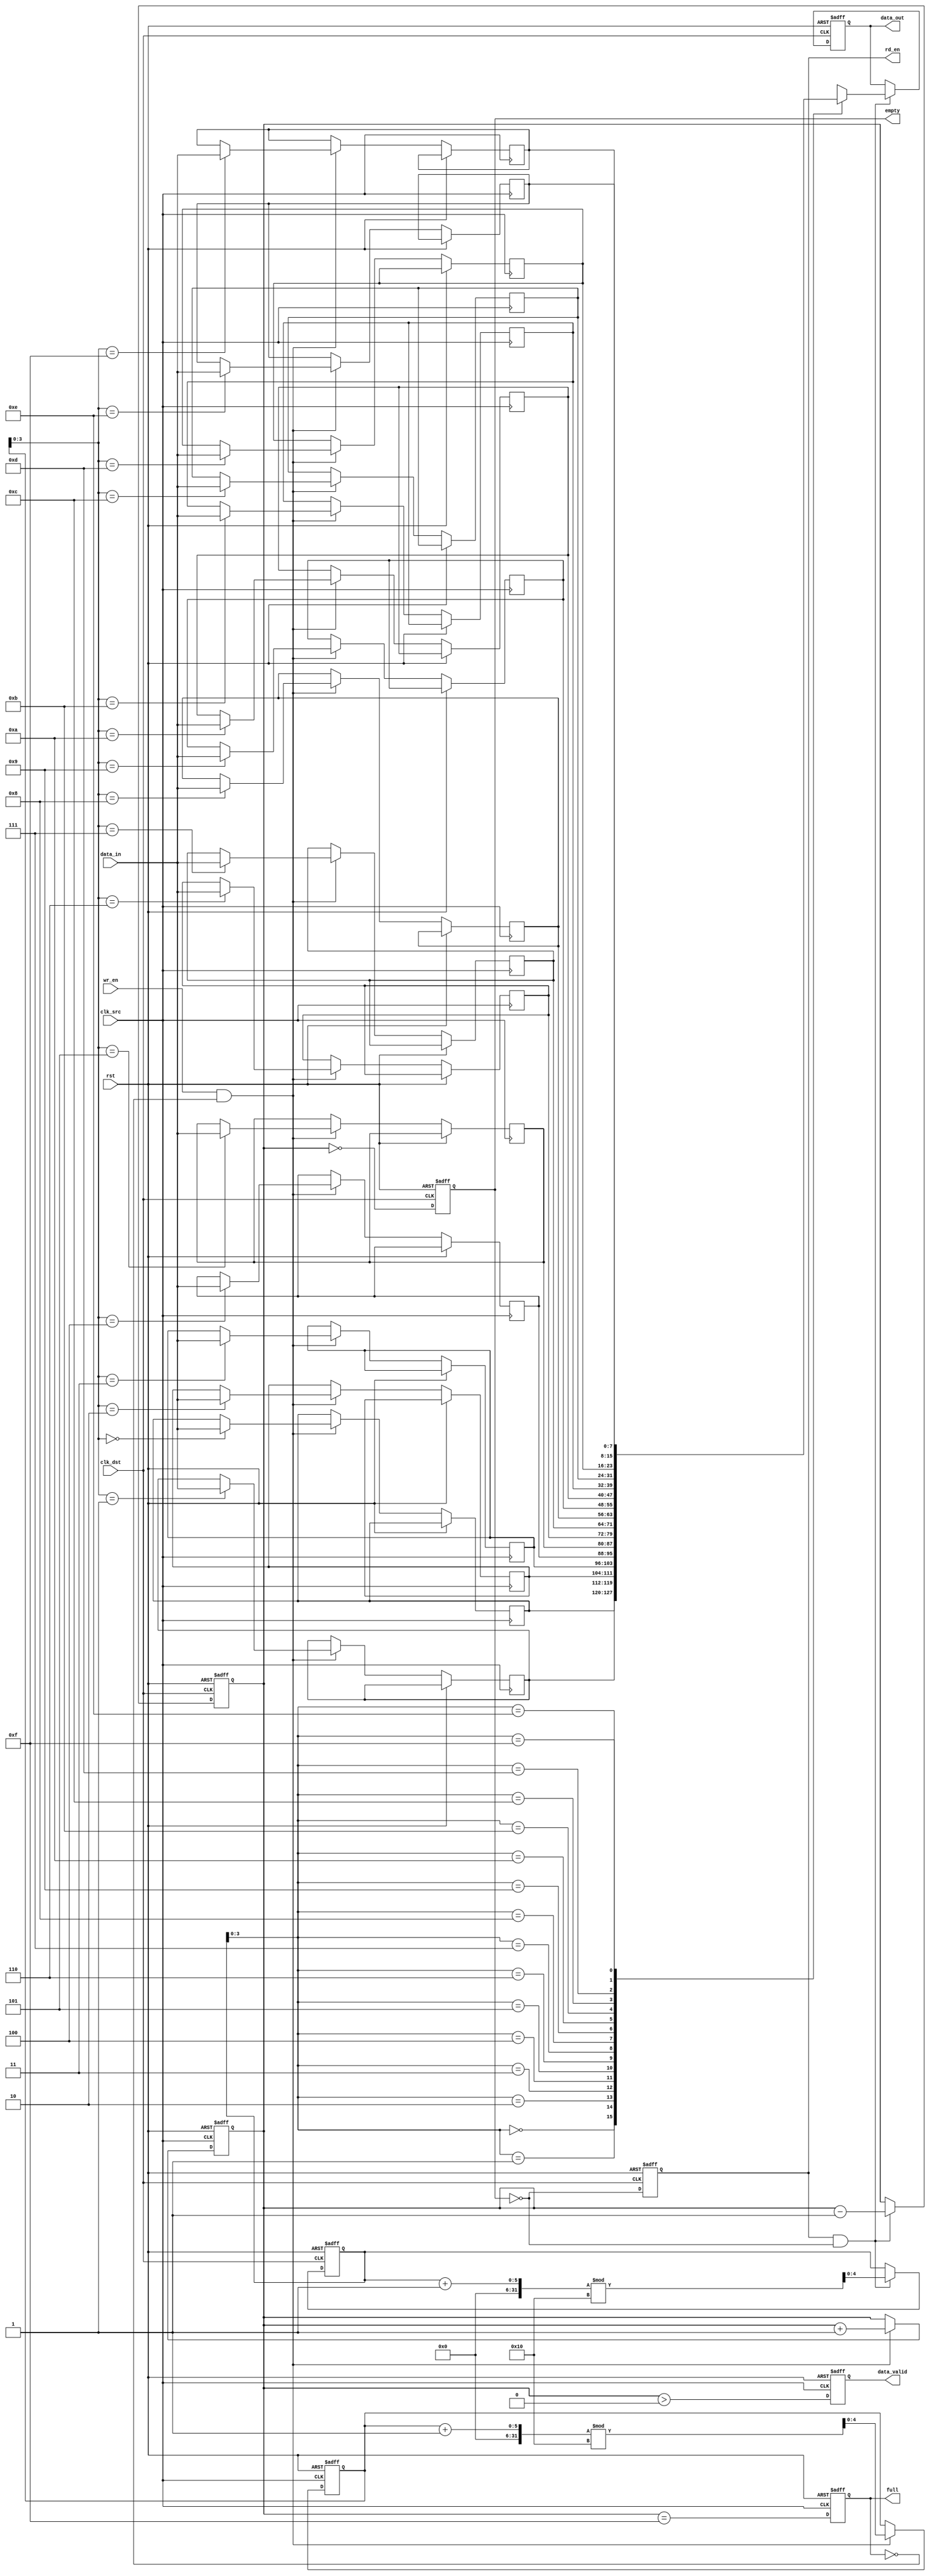
module fifo_synchronizer #(
    parameter DATA_WIDTH = 8,  // Width of the data
    parameter FIFO_DEPTH = 16   // Depth of the FIFO
)(
    input wire clk_src,         // Source clock
    input wire clk_dst,         // Destination clock
    input wire rst,             // Reset signal
    input wire wr_en,           // Write enable signal
    input wire [DATA_WIDTH-1:0] data_in, // Data input
    output reg rd_en,           // Read enable signal
    output reg [DATA_WIDTH-1:0] data_out, // Data output
    output reg full,            // FIFO full flag
    output reg empty,           // FIFO empty flag
    output reg data_valid       // Data valid signal
);

    // FIFO memory
    reg [DATA_WIDTH-1:0] fifo_mem [0:FIFO_DEPTH-1];
    reg [4:0] w_ptr;           // Write pointer
    reg [4:0] r_ptr;           // Read pointer
    reg [4:0] count;           // Number of elements in FIFO

    // Write operation (source clock domain)
    always @(posedge clk_src or posedge rst) begin
        if (rst) begin
            w_ptr <= 0;
            count <= 0;
            full <= 0;
            data_valid <= 0;
        end else begin
            if (wr_en && !full) begin
                fifo_mem[w_ptr] <= data_in; // Write data to FIFO
                w_ptr <= (w_ptr + 1) % FIFO_DEPTH; // Increment write pointer
                count <= count + 1; // Increment count
            end
            // Update full flag
            full <= (count == FIFO_DEPTH - 1);
            // Update data valid flag
            data_valid <= (count > 0);
        end
    end

    // Read operation (destination clock domain)
    always @(posedge clk_dst or posedge rst) begin
        if (rst) begin
            r_ptr <= 0;
            count <= 0;
            empty <= 1;
            rd_en <= 0;
            data_out <= 0;
        end else begin
            if (rd_en && !empty) begin
                data_out <= fifo_mem[r_ptr]; // Read data from FIFO
                r_ptr <= (r_ptr + 1) % FIFO_DEPTH; // Increment read pointer
                count <= count - 1; // Decrement count
            end
            // Update empty flag
            empty <= (count == 0);
            // Update read enable signal
            rd_en <= !empty; // Enable read if FIFO is not empty
        end
    end

endmodule